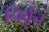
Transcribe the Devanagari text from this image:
निर्वृत्त